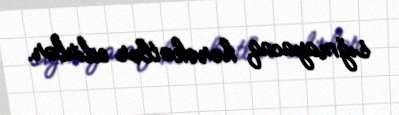
sığmayacaq hərəkətlər edirlər.